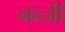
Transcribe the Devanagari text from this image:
नन्जी